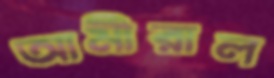
আমীরাল